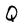
Character: Q